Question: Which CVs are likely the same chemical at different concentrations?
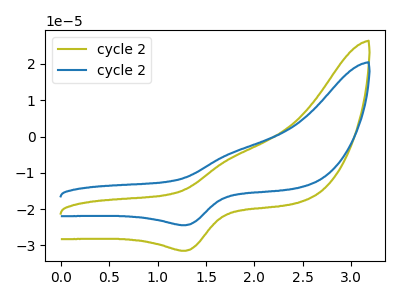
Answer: <think>The olive curve "cycle 21" has an anodic peak at (1.75V, -5.75uA) and a cathodic peak at (1.30V, -31.45uA). The blue curve "cycle 22" has an anodic peak at (1.75V, -4.50uA) and a cathodic peak at (1.30V, -24.45uA).
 All the peaks in "cycle 21" have a peak in "cycle 22" at the same potential.</think>
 <answer>"cycle 21" and "cycle 22" have the same shape and are likely CV's of the same chemical.</answer>
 <eval>"cycle 21" "cycle 22"</eval>